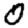
Digit: 0